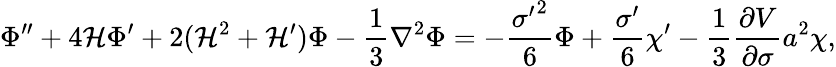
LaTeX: \Phi^{\prime\prime}+4{\cal H}\Phi^{\prime}+2({\cal H}^{2}+{\cal H}^{\prime})\Phi-\frac{1}{3}\nabla^{2}\Phi=-\frac{{\sigma^{\prime}}^{2}}{6}\Phi+\frac{\sigma^{\prime}}{6}\chi^{\prime}-\frac{1}{3}\frac{\partial V}{\partial\sigma}a^{2}\chi,